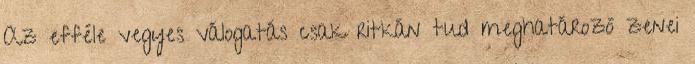
Az efféle vegyes válogatás csak ritkán tud meghatározó zenei